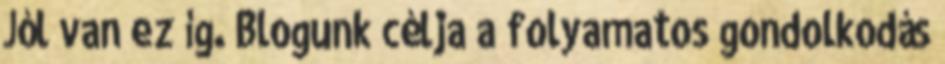
Jól van ez íg. Blogunk célja a folyamatos gondolkodás